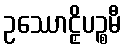
ဥဿောဠှိပဉ္စမီ